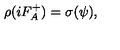
\rho ( i F _ { A } ^ { + } ) = \sigma ( \psi ) ,